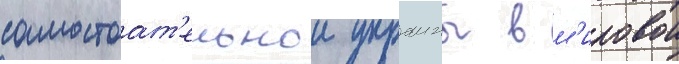
самостоат'ельнои украины в м'ировои